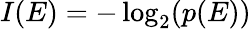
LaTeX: I(E)=-\log_{2}(p(E))